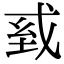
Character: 𢦾